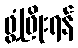
ဖွံ့ဖြိုးရန်